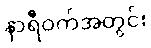
နာရီဝက်အတွင်း